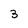
Character: 3